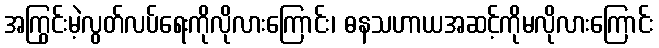
အကြွင်းမဲ့လွတ်လပ်ရေးကိုလိုလားကြောင်း၊ ဓနသဟာယအဆင့်ကိုမလိုလားကြောင်း